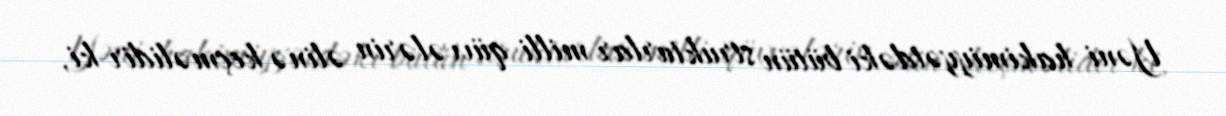
Yəni hakimiyyətdəki bütün strukturlar milli qüvvələrin əlinə keçməlidir ki,